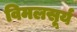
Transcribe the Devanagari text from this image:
विमलसूर्य